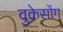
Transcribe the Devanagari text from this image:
वुकेसोंग